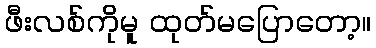
ဖီးလစ်ကိုမူ ထုတ်မပြောတော့။